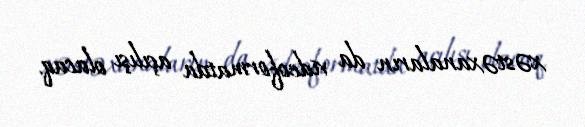
xəstəxanaların da videoformatda açılışı olacaq.